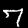
Digit: 7